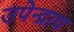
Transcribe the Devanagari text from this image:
उपेन्द्राय